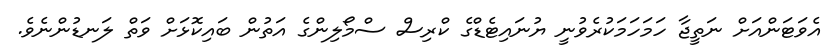
އެވަޓަންއަށް ނަތީޖާ ހަމަހަަމަކުރެވުނީ ޔުނައިޓެޑްގެ ކްރިސް ސްމޯލިންގެ އަތުން ބައިކޮޅަށް ވަތް ލަނޑުންނެވެ.